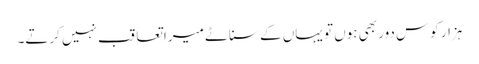
ہزار کوس دور بھی ہوں تو یہاں کے سناٹے میرا تعاقب نہیں کرتے۔